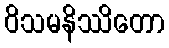
ဝိသမနိဿိတော